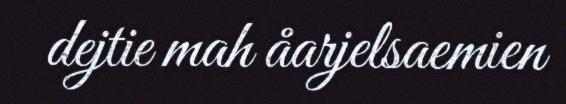
dejtie mah åarjelsaemien